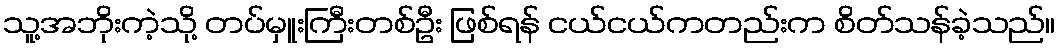
သူ့အဘိုးကဲ့သို့ တပ်မှူးကြီးတစ်ဦး ဖြစ်ရန် ငယ်ငယ်ကတည်းက စိတ်သန်ခဲ့သည်။